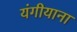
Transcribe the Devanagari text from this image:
यंगीयाना